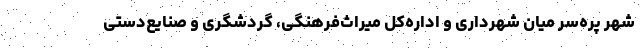
شهر پره‌سر میان شهرداری و اداره‌کل میراث‌فرهنگی، گردشگری و صنایع‌دستی